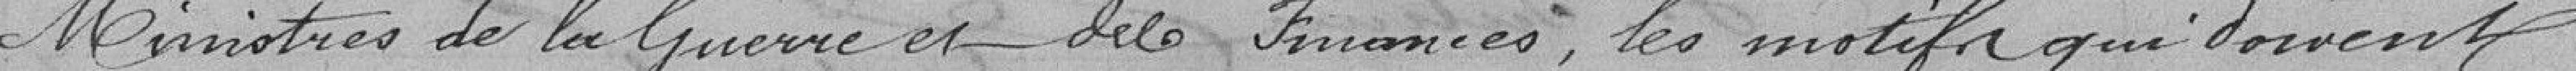
Ministres de la Guerre et des Finanes, les motifs qui doivent